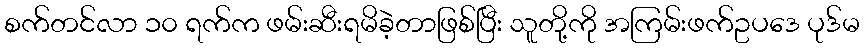
စက်တင်လာ ၁၀ ရက်က ဖမ်းဆီးရမိခဲ့တာဖြစ်ပြီး သူတို့ကို အကြမ်းဖက်ဥပဒေ ပုဒ်မ